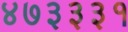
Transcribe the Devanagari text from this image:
४७३३३१